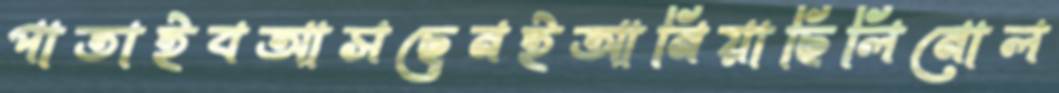
পাতাইবআসছেনইআনিয়াছিলিনোল